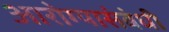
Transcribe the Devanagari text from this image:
आरोग्यासंबंधी